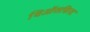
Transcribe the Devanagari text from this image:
थिऑसफिस्ट